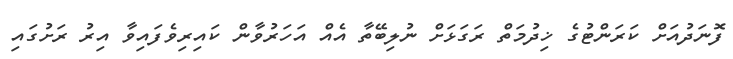
ފޮނަދުއަށް ކަރަންޓުގެ ޚިދުމަތް ރަގަޅަށް ނުލިބޭތާ އެއް އަހަރުވާން ކައިރިވެފައިވާ އިރު ރަށުގައި